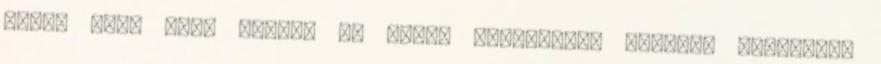
főleg neki nem. Sajnos az ilyen érzéketlen emberek gondolják